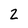
Character: 2